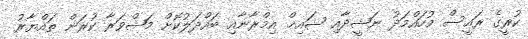
ކުރީގެ ރައީސް މުހައްމަދު ނަޝީދާއި ޝައިޚް އިމްރާނާއި ބައްދަލުކޮށް މަޝްވަރާ ކުރަން ތައްޔާރު